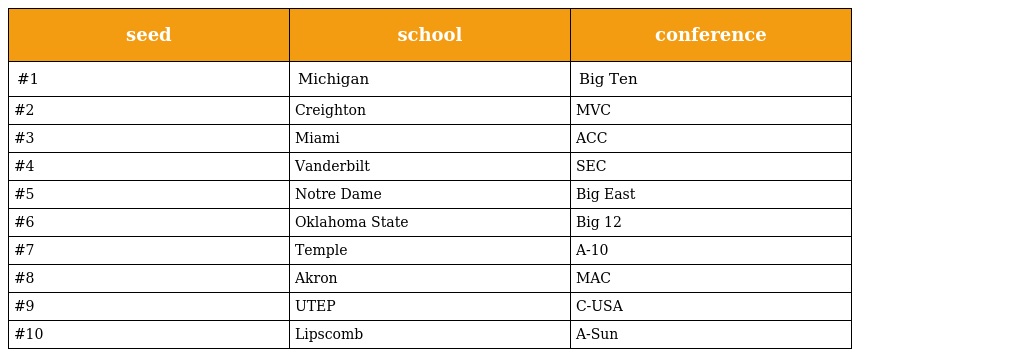
| seed | school | conference |
 | --- | --- | --- |
 | #1 | Michigan | Big Ten |
 | #2 | Creighton | MVC |
 | #3 | Miami | ACC |
 | #4 | Vanderbilt | SEC |
 | #5 | Notre Dame | Big East |
 | #6 | Oklahoma State | Big 12 |
 | #7 | Temple | A-10 |
 | #8 | Akron | MAC |
 | #9 | UTEP | C-USA |
 | #10 | Lipscomb | A-Sun |